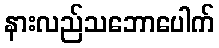
နားလည်သဘောပေါက်